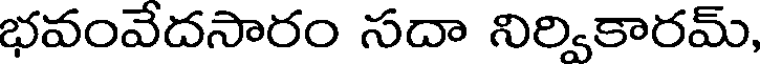
భవంవేదసారం సదా నిర్వికారమ్,